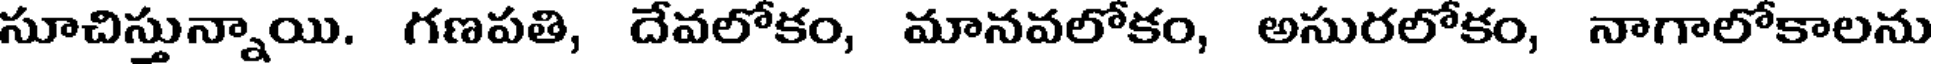
సూచిస్తున్నాయి. గణపతి, దేవలోకం, మానవలోకం, అసురలోకం, నాగాలోకాలను